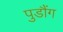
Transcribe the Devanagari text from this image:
पुडौंग